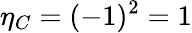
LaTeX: \eta_{C}=(-1)^{2}=1